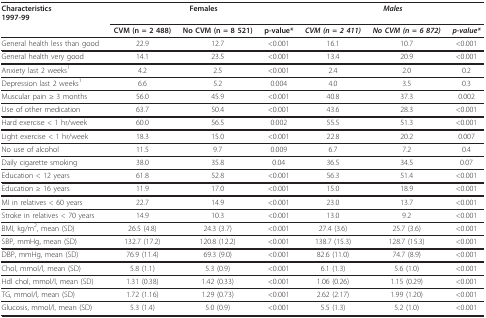
<table><thead><tr><td><b>Characteristics1997-99</b></td><td colspan="3"><b>Females</b></td><td colspan="3"><b><i>Males</i></b></td></tr><tr><td></td><td><b>CVM (n = 2 488)</b></td><td><b>No CVM (n = 8 521)</b></td><td><b>p-value*</b></td><td><b><i>CVM (n = 2 411)</i></b></td><td><b><i>No CVM (n = 6 872)</i></b></td><td><b><i>p-value*</i></b></td></tr></thead><tbody><tr><td>General health less than good</td><td>22.9</td><td>12.7</td><td>&lt;0.001</td><td>16.1</td><td>10.7</td><td>&lt;0.001</td></tr><tr><td>General health very good</td><td>14.1</td><td>23.5</td><td>&lt;0.001</td><td>13.4</td><td>20.9</td><td>&lt;0.001</td></tr><tr><td>Anxiety last 2 weeks<sup>1</sup></td><td>4.2</td><td>2.5</td><td>&lt;0.001</td><td>2.4</td><td>2.0</td><td>0.2</td></tr><tr><td>Depression last 2 weeks<sup>1</sup></td><td>6.6</td><td>5.2</td><td>0.004</td><td>4.0</td><td>3.5</td><td>0.3</td></tr><tr><td>Muscular pain ≥ 3 months</td><td>56.0</td><td>45.9</td><td>&lt;0.001</td><td>40.8</td><td>37.3</td><td>0.002</td></tr><tr><td>Use of other medication</td><td>63.7</td><td>50.4</td><td>&lt;0.001</td><td>43.6</td><td>28.3</td><td>&lt;0.001</td></tr><tr><td>Hard exercise &lt; 1 hr/week</td><td>60.0</td><td>56.5</td><td>0.002</td><td>55.5</td><td>51.3</td><td>&lt;0.001</td></tr><tr><td>Light exercise &lt; 1 hr/week</td><td>18.3</td><td>15.0</td><td>&lt;0.001</td><td>22.8</td><td>20.2</td><td>0.007</td></tr><tr><td>No use of alcohol</td><td>11.5</td><td>9.7</td><td>0.009</td><td>6.7</td><td>7.2</td><td>0.4</td></tr><tr><td>Daily cigarette smoking</td><td>38.0</td><td>35.8</td><td>0.04</td><td>36.5</td><td>34.5</td><td>0.07</td></tr><tr><td>Education &lt; 12 years</td><td>61.8</td><td>52.8</td><td>&lt;0.001</td><td>56.3</td><td>51.4</td><td>&lt;0.001</td></tr><tr><td>Education ≥ 16 years</td><td>11.9</td><td>17.0</td><td>&lt;0.001</td><td>15.0</td><td>18.9</td><td>&lt;0.001</td></tr><tr><td>MI in relatives &lt; 60 years</td><td>22.7</td><td>14.9</td><td>&lt;0.001</td><td>23.0</td><td>13.7</td><td>&lt;0.001</td></tr><tr><td>Stroke in relatives &lt; 70 years</td><td>14.9</td><td>10.3</td><td>&lt;0.001</td><td>13.0</td><td>9.2</td><td>&lt;0.001</td></tr><tr><td>BMI, kg/m<sup>2</sup>, mean (SD)</td><td>26.5 (4.8)</td><td>24.3 (3.7)</td><td>&lt;0.001</td><td>27.4 (3.6)</td><td>25.7 (3.6)</td><td>&lt;0.001</td></tr><tr><td>SBP, mmHg, mean (SD)</td><td>132.7 (17.2)</td><td>120.8 (12.2)</td><td>&lt;0.001</td><td>138.7 (15.3)</td><td>128.7 (15.3)</td><td>&lt;0.001</td></tr><tr><td>DBP, mmHg, mean (SD)</td><td>76.9 (11.4)</td><td>69.3 (9.0)</td><td>&lt;0.001</td><td>82.6 (11.0)</td><td>74.7 (8.9)</td><td>&lt;0.001</td></tr><tr><td>Chol, mmol/l, mean (SD)</td><td>5.8 (1.1)</td><td>5.3 (0.9)</td><td>&lt;0.001</td><td>6.1 (1.3)</td><td>5.6 (1.0)</td><td>&lt;0.001</td></tr><tr><td>Hdl chol, mmol/l, mean (SD)</td><td>1.31 (0.38)</td><td>1.42 (0.33)</td><td>&lt;0.001</td><td>1.06 (0.26)</td><td>1.15 (0.29)</td><td>&lt;0.001</td></tr><tr><td>TG, mmol/l, mean (SD)</td><td>1.72 (1.16)</td><td>1.29 (0.73)</td><td>&lt;0.001</td><td>2.62 (2.17)</td><td>1.99 (1.20)</td><td>&lt;0.001</td></tr><tr><td>Glucosis, mmol/l, mean (SD)</td><td>5.3 (1.4)</td><td>5.0 (0.9)</td><td>&lt;0.001</td><td>5.5 (1.3)</td><td>5.2 (1.0)</td><td>&lt;0.001</td></tr></tbody></table>